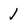
Character: 1